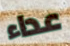
عداء